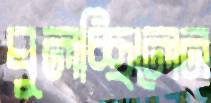
ঘুলচ্ছিলেন